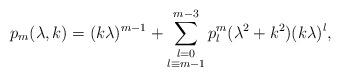
LaTeX: \begin{align*} p_m(\lambda,k)=(k\lambda)^{m-1} + \sum_{\substack{l=0 \\ l \equiv m-1 }}^{m-3} p^m_l(\lambda^2+k^2)(k\lambda)^l,\end{align*}